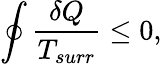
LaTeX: \oint{\frac{\delta Q}{T_{surr}}}\leq 0,